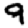
Digit: 9